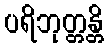
ပရိဘုတ္တန္တိ